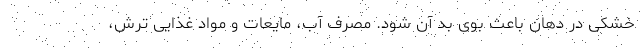
خشکی در دهان باعث بوی بد آن شود. مصرف آب، مایعات و مواد غذایی ترش،